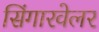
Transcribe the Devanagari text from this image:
सिंगारवेलर